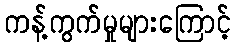
ကန့်ကွက်မှုများကြောင့်